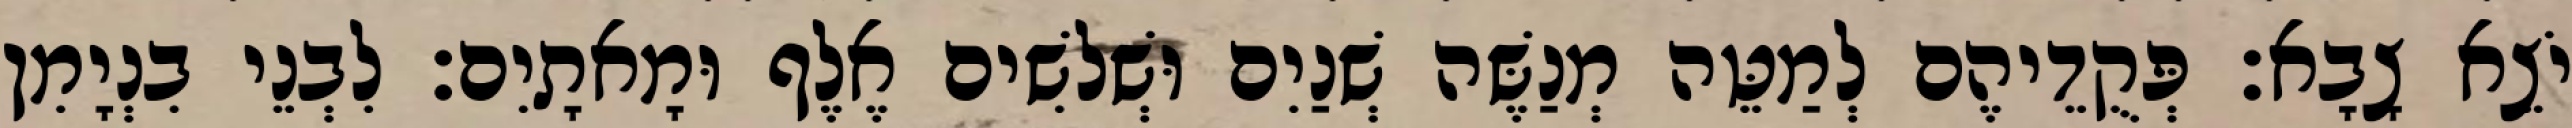
יֹצֵא צָבָא׃ פְּקֻדֵיהֶם לְמַטֵּה מְנַשֶּׁה שְׁנַיִם וּשְׁלשִׁים אֶלֶף וּמָאתָיִם׃ לִבְנֵי בִנְיָמִן